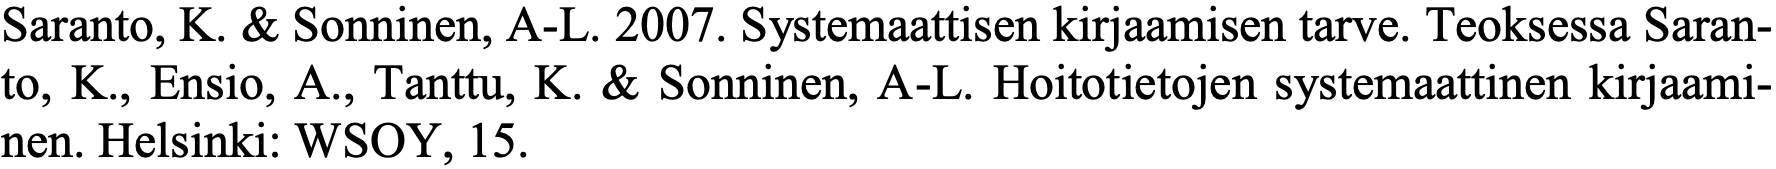
Saranto, K. & Sonninen, A-L. 2007. Systemaattisen kirjaamisen tarve. Teoksessa Saran- to, K., Ensio, A., Tanttu, K. & Sonninen, A-L. Hoitotietojen systemaattinen kirjaami- nen. Helsinki: WSOY, 15.